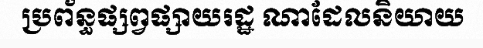
ប្រព័ន្ធផ្សព្វផ្សាយរដ្ឋ ណាដែលនិយាយ